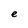
Character: e